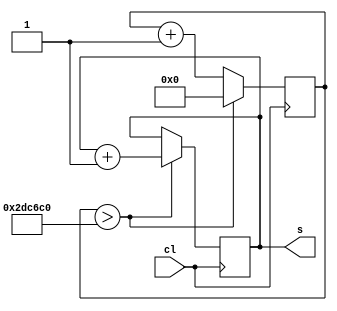
module one_sec(input cl, output reg [32:0] s);
	reg [32:0] counter;
// od ovog modula zavisi brzina logike igre u sustini i detektovanje keypressova
	always @(posedge cl) begin
		if (counter > 33'd3_000_000) begin
			counter = 33'd0;
			s = s + 1;
		end
		else
			counter = counter + 1;
	end
endmodule